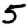
Digit: 5